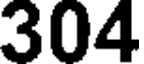
304